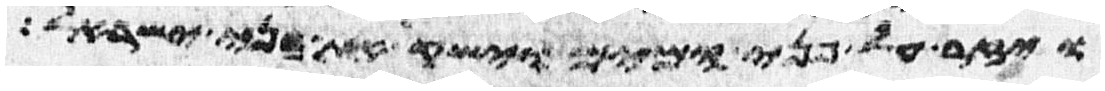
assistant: ויזר על פני המים וישק את בני ישראל